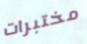
مختبرات